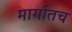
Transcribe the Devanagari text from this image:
मार्गातच